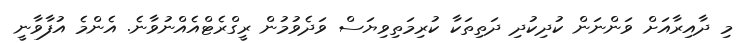
މި ދާއިރާއަށް ވަންނަން ކުދިކުދި ދަތިތަކާ ކުރިމަތިވިޔަސް ވަދެވުމުން ރީގްރެޓްއެއްނުވާނެ. އެންމެ އުފާވާނީ